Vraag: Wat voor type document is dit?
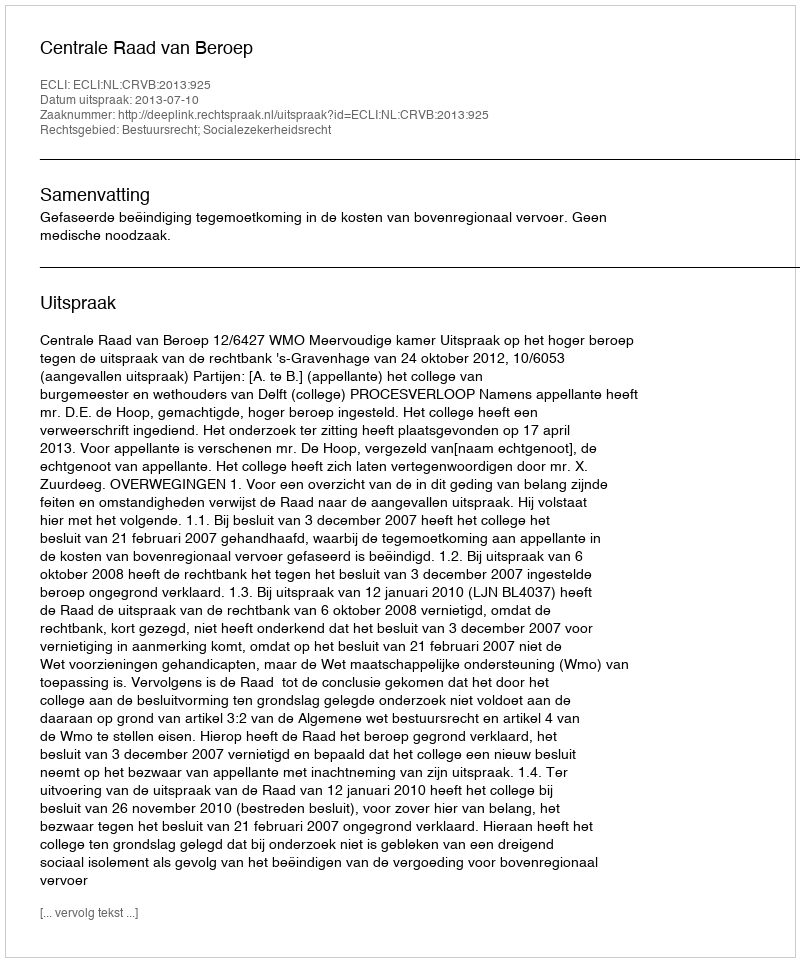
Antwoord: Uitspraak